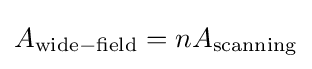
{\textstyle A_{\mathrm {wide-field} }=nA_{\mathrm {scanning} }}